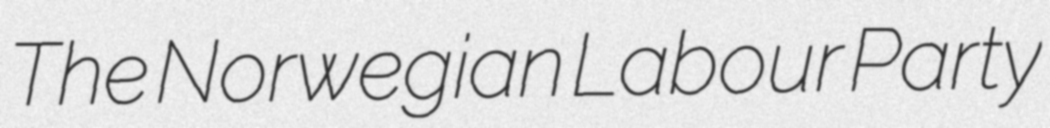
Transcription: The Norwegian Labour Party